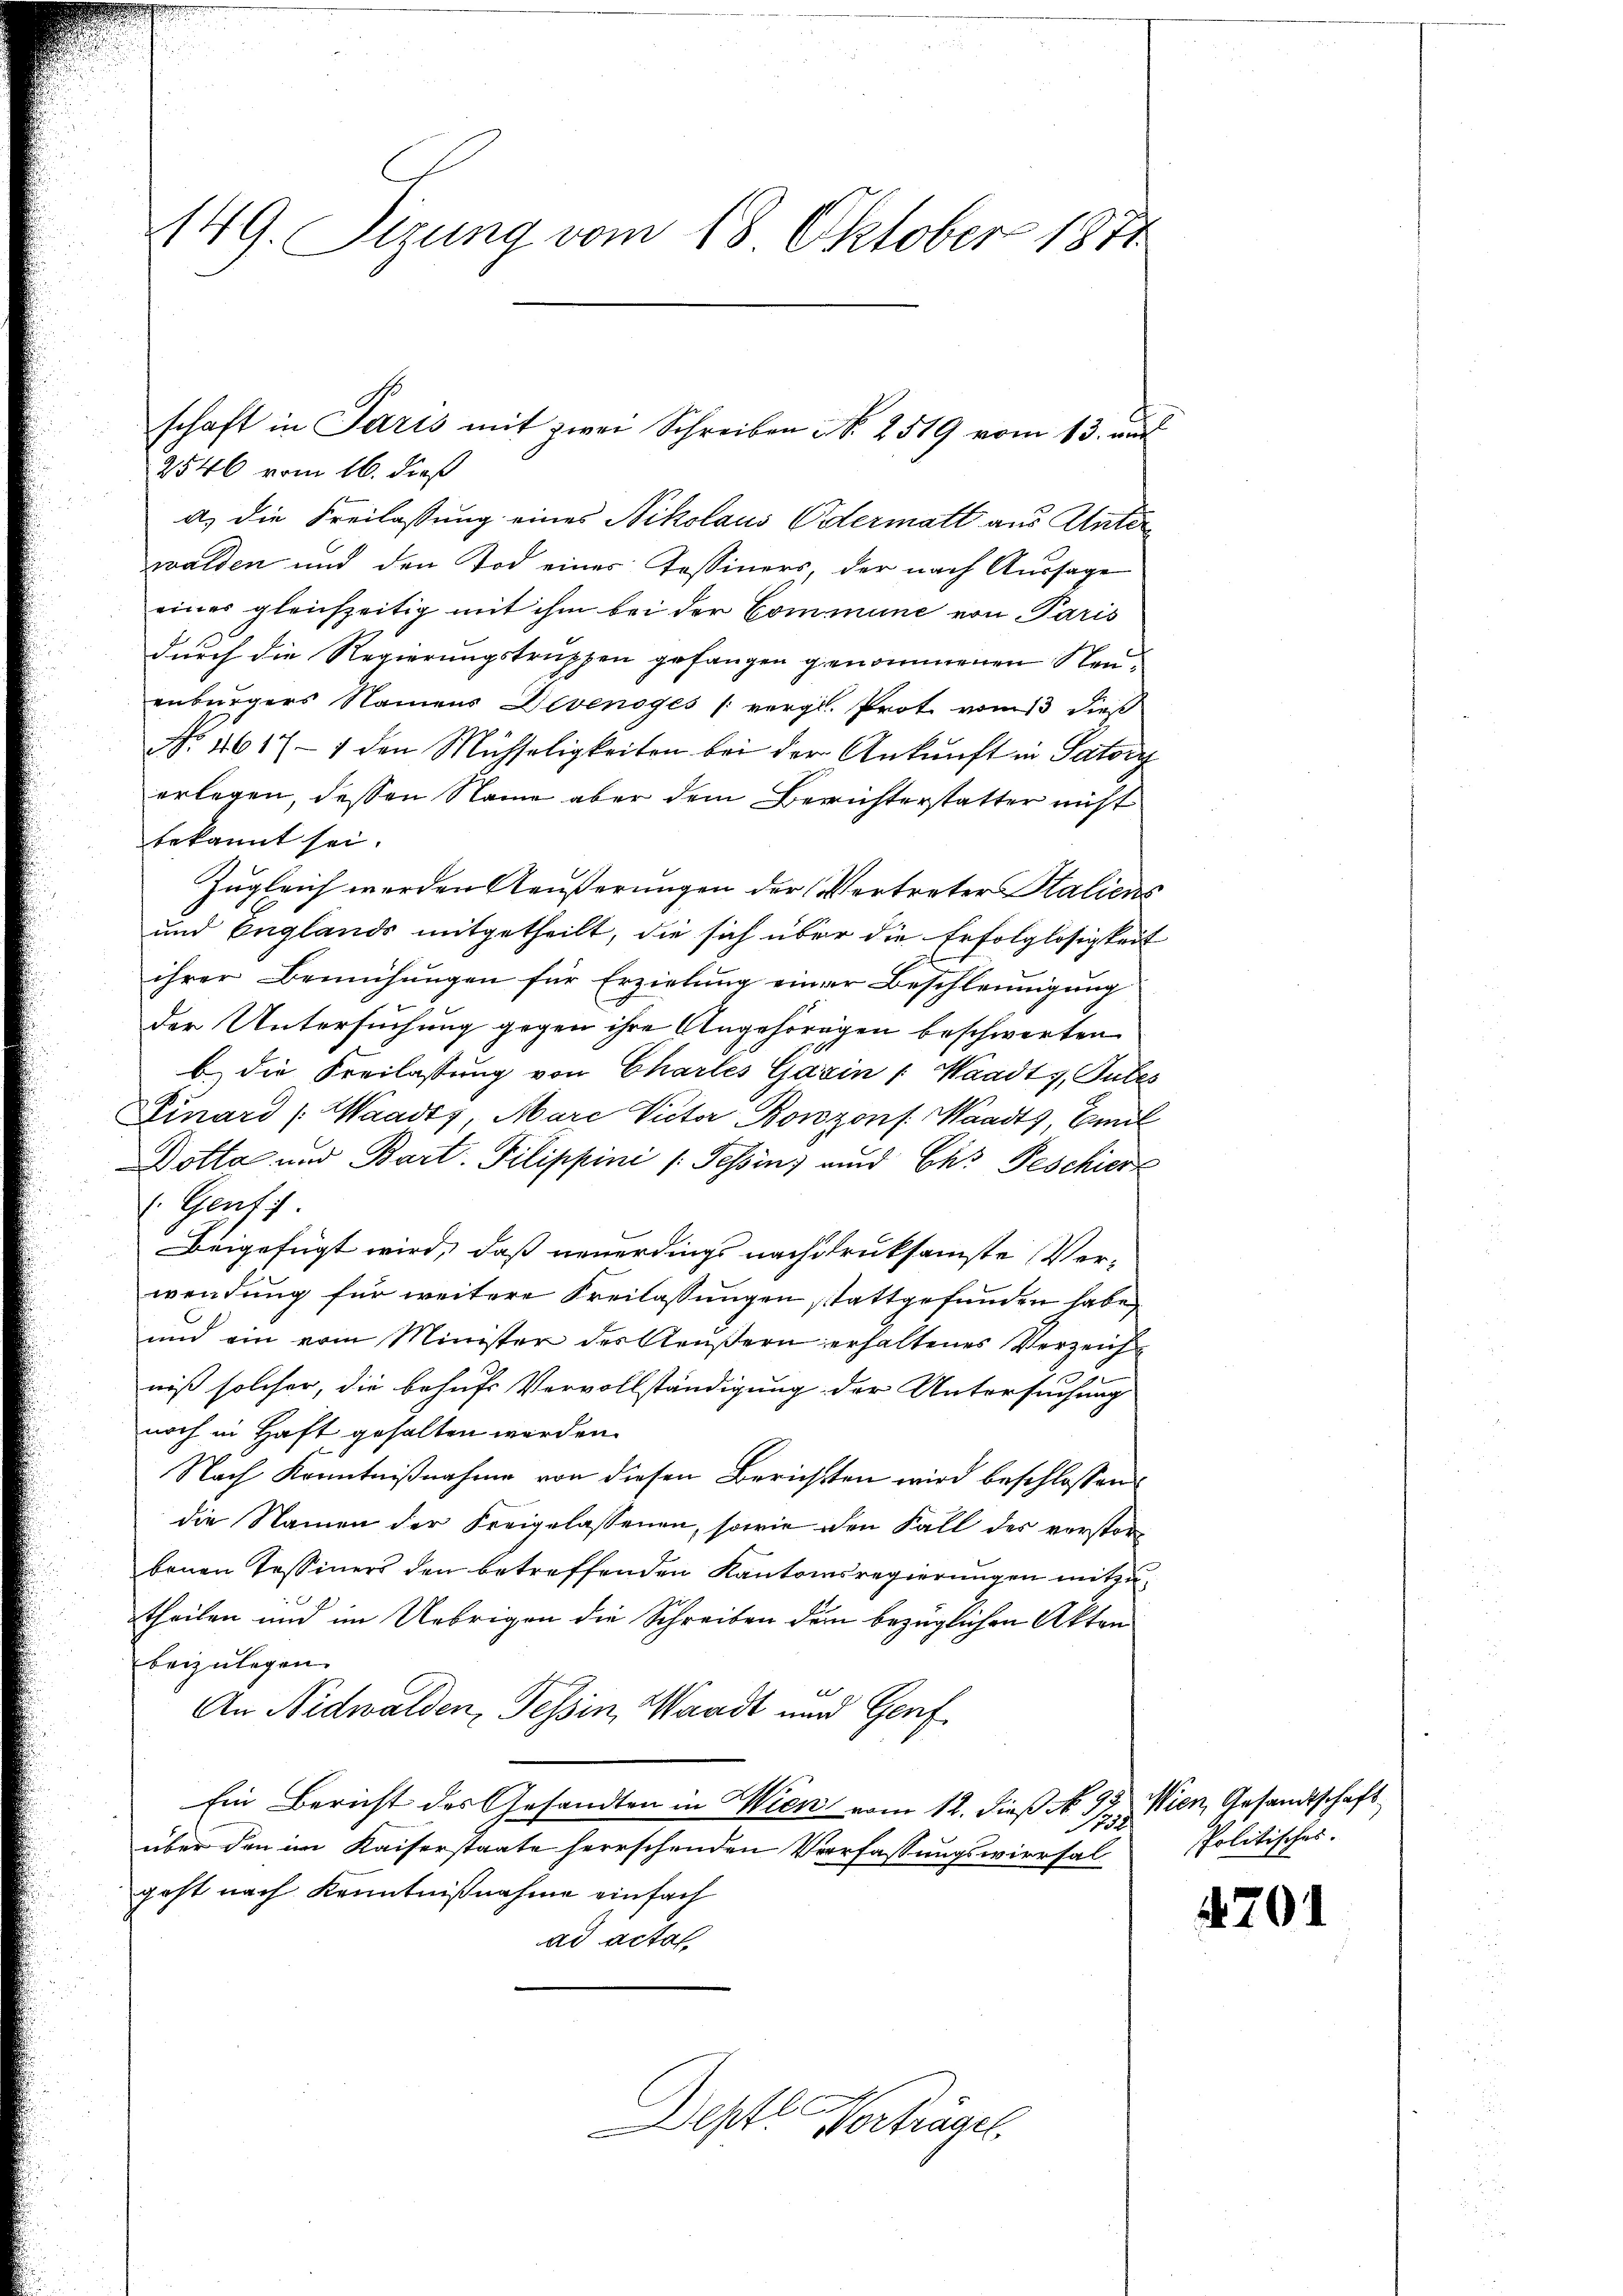
149. Sirung vom 18. Oktober 1871

schaft in Paris mit zwei Schreiben No. 2519 vom 13. aus
2546 vom 16. dieß
a) die Freilassung eines Nikolaus Odermatt aus Unterwalden und den Tod einer Tessiners, der nach Aussage
eines gleichzeitig mit ihm bei der Commune von Paris
durch die Regierungstruppen gefangen genommenen Neuinburgers Namens Devenoges (vergl. Prot vom dieß
No. 4617 - 1 den Mühseligkeiten bei der Ankunft in Patoir
erlegen, dessen Name aber dem Berichterstatter nicht
bekannt sei.
Zugleich werden Aeußerungen der Vertreter Staliens
und Englands mitgetheilt, die sich über die Erfolglosigkeit
ihrer Bemühungen für Erziehung einer Beschleunigung
der Untersuchung gegen ihre Angehörigen beschwerten
b) die Freilassung von Charles Gazin : Waadt, Subes
Einard (Waadt, Marc Victor Bonzons: Waadt, Emil
Dotta und Bart. Filippini (Tessin, und Ch. Geschierz
(Gent
Beigefügt wird, daß neuerdings nachdruksamste Ver-
wendung für weitere Freilassungen stattgefunden habe
und ein vom Minister des Aeußern erhaltenes Verzeich
niß solcher, die behufs Vervollständigung der Untersuchung
noch in Haft gehalten werden.
Nach Kenntnißnahme von diesen Berichtten wird beschlossen:
die Namen der Freigelassenen, sowie den Fall des verstorbenen Tessiners den betreffenden Kantonsregierungen mitzu
theilen und im Uebrigen die Schreiben dem bezüglichen Akten
beizulegen.
An Nidwalden, Tessin, Waadt und Genf
Ein Bericht des Gesandten in Wien vom 12. dieß No. 27. Wien, Gesandtschaft
über den im Kaiserstaate herrschenden Verfassungswiersal
geht nach Kenntnißnahme einfach
ad acta
Depte Vertrügel

spolitisches.

4201